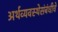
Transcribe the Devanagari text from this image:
अर्थव्यवस्थेसंबंधीचे